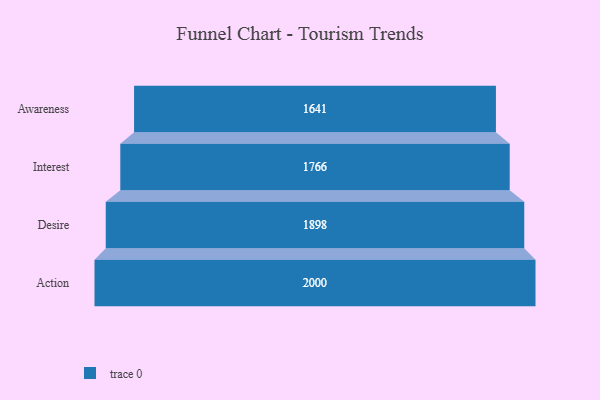
{"axis": {"x": "Stage", "y": "Value"}, "legend": [""], "data": [{"x": "Awareness", "y": 1641.0, "type": ""}, {"x": "Interest", "y": 1766.0, "type": ""}, {"x": "Desire", "y": 1898.0, "type": ""}, {"x": "Action", "y": 2000, "type": ""}]}